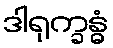
ဒါရုက္ခန္ဓံ